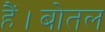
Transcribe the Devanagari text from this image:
हैं।बोतल